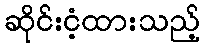
ဆိုင်းငံ့ထားသည့်